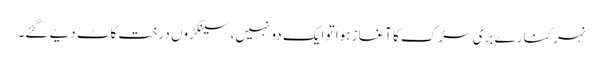
نہر کنارے بڑی سڑک کا آغاز ہوا تو ایک دو نہیں،سینکڑوں درخت کاٹ دیے گئے۔